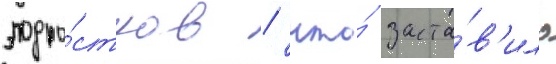
подро́стков / что́ заста́в'ило